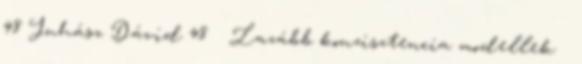
48 Juhász Dávid 48 Lazább konzisztencia modellek ●